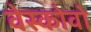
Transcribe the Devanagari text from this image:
वेस्कोवो